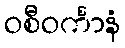
ဝစီဝင်္ကာနံ